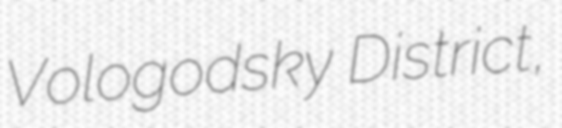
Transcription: Vologodsky District,